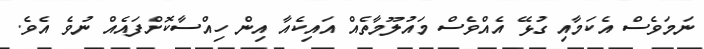
ނަމަވެސް އެކަމާއި ގުޅޭ އެއްވެސް މައުލޫމާތެއް އައިކެއާ އިން ހިއްސާކޮށްފައެއް ނުވެ އެވެ.